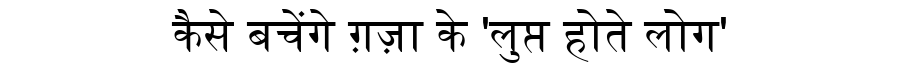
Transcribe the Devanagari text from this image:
कैसे बचेंगे ग़ज़ा के 'लुप्त होते लोग'